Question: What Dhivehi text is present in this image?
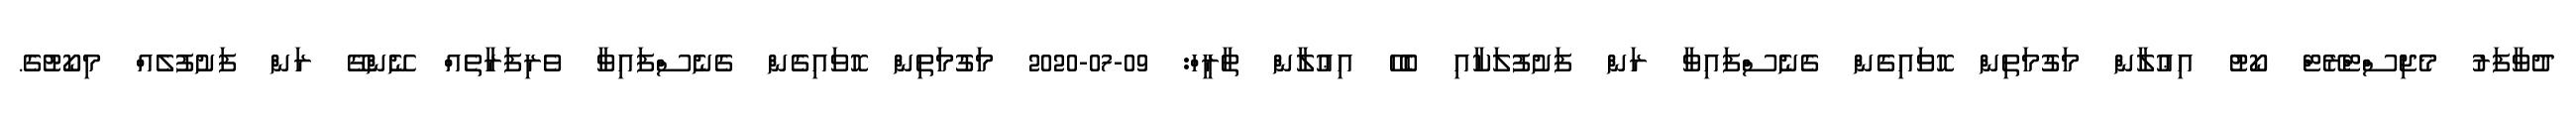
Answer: ދުވާފަރު މެޖިސްޓްރޭޓް ކޯޓު އިޢުލާން މަގުމަތިން ހޮވައިގެން ގެނެސްފައިވާ ރަން ފަށުފުލަކާއި ބެހޭ އިޢުލާން ތާރީހް: 09-07-2020 މަގުމަތިން ހޮވައިގެން ގެނެސްފައިވާ ވެރިފަރާތެއް ނޭންގޭ ރަން ފަށުފުލެއް މިކޯޓުގެ.